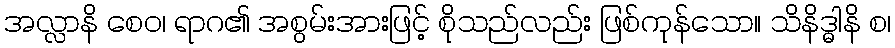
အလ္လာနိ စေဝ၊ ရာဂ၏ အစွမ်းအားဖြင့် စိုသည်လည်း ဖြစ်ကုန်သော။ သိနိဒ္ဓါနိ စ၊